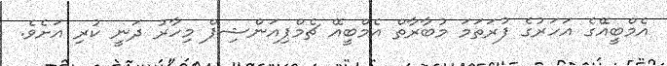
އެމްބީއޭގެ އަހަރުގެ ފުރަތަމަ މުބާރާތް އެމްބީއޭ ޗެމްޕިއަންޝިޕް މިހާރު ދަނީ ކުރި އަށެވެ.